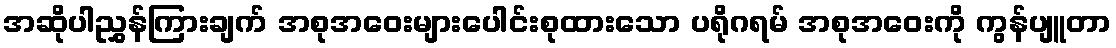
အဆိုပါညွှန်ကြားချက် အစုအဝေးများပေါင်းစုထားသော ပရိုဂရမ် အစုအဝေးကို ကွန်ပျူတာ